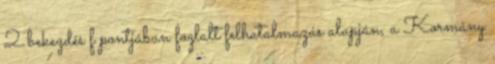
2 bekezdés f pontjában foglalt felhatalmazás alapján, a Kormány